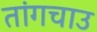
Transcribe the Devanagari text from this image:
तांगचाउ